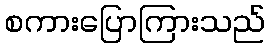
စကားပြောကြားသည်